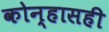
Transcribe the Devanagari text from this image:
कोन्हासही